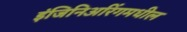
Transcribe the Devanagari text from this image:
इंजिनिअरिंगमधील